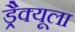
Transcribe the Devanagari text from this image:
ड्रैक्यूला